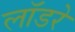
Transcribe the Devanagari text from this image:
लॉडरे